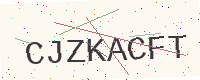
Text: CJZKACFT